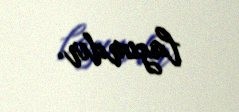
lazımdır.